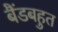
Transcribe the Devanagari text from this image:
बैंडबहुत